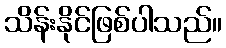
သိန်းနိုင်ဖြစ်ပါသည်။